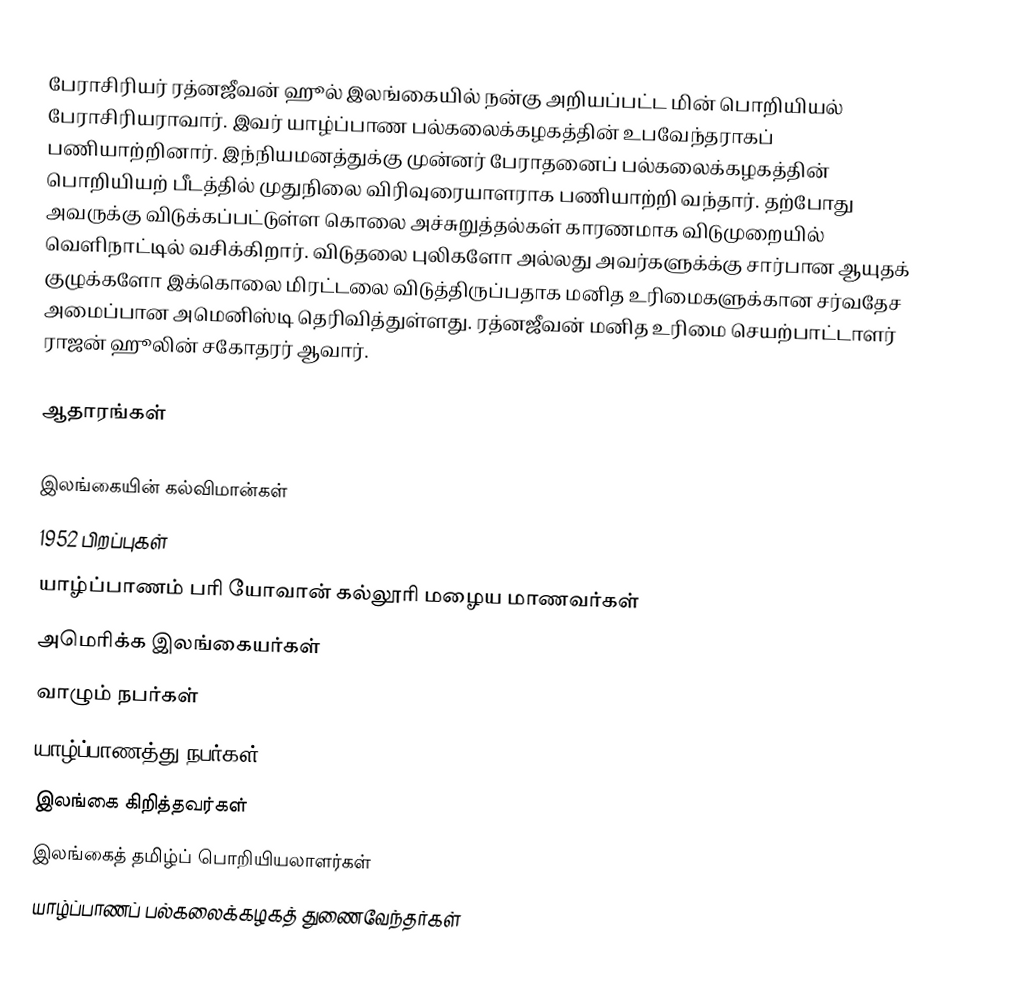
பேராசிரியர் ரத்னஜீவன் ஹூல் இலங்கையில் நன்கு அறியப்பட்ட மின் பொறியியல் பேராசிரியராவார். இவர் யாழ்ப்பாண பல்கலைக்கழகத்தின் உபவேந்தராகப் பணியாற்றினார். இந்நியமனத்துக்கு முன்னர் பேராதனைப் பல்கலைக்கழகத்தின் பொறியியற் பீடத்தில் முதுநிலை விரிவுரையாளராக  பணியாற்றி வந்தார். தற்போது அவருக்கு விடுக்கப்பட்டுள்ள கொலை அச்சுறுத்தல்கள் காரணமாக விடுமுறையில் வெளிநாட்டில் வசிக்கிறார். விடுதலை புலிகளோ அல்லது அவர்களுக்க்கு சார்பான ஆயுதக் குழுக்களோ இக்கொலை மிரட்டலை விடுத்திருப்பதாக மனித உரிமைகளுக்கான சர்வதேச அமைப்பான அமெனிஸ்டி தெரிவித்துள்ளது. ரத்னஜீவன் மனித உரிமை செயற்பாட்டாளர் ராஜன் ஹூலின் சகோதரர் ஆவார்.

ஆதாரங்கள்

இலங்கையின் கல்விமான்கள்
1952 பிறப்புகள்
யாழ்ப்பாணம் பரி யோவான் கல்லூரி மழைய மாணவர்கள்
அமெரிக்க இலங்கையர்கள்
வாழும் நபர்கள்
யாழ்ப்பாணத்து நபர்கள்
இலங்கை கிறித்தவர்கள்
இலங்கைத் தமிழ்ப் பொறியியலாளர்கள்
யாழ்ப்பாணப் பல்கலைக்கழகத் துணைவேந்தர்கள்